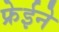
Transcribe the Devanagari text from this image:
फ्रेईने